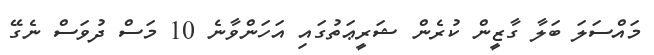
މައްސަލަ ބަލާ ގާޒީން ކުރެން ޝަރީޢަތުގައި އަހަންވާނެ 10 މަސް ދުވަސް ނެގޭ